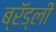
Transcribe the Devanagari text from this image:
ब्रॅड्ली